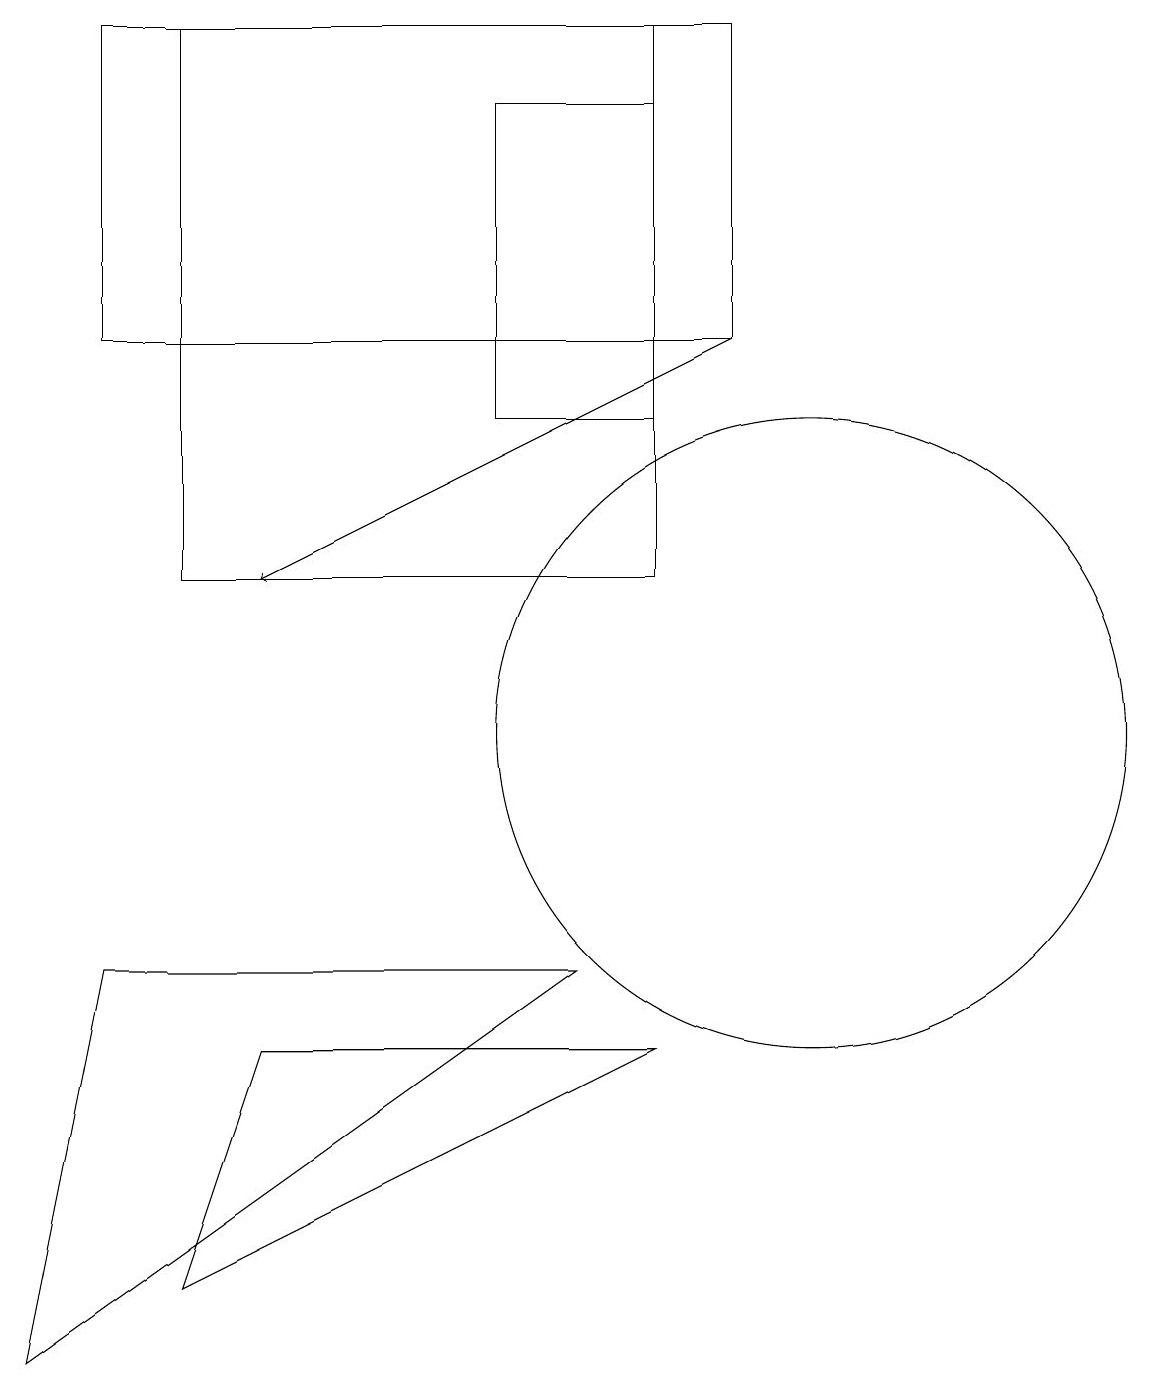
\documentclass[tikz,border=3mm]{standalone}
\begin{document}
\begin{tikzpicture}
\draw (8,12) rectangle (2,19);
\draw (8,14) rectangle (6,18);
\draw[->] (9,15) -- (3,12);
\draw (2,3) -- (3,6) -- (8,6) -- cycle;
\draw (1,15) rectangle (9,19);
\draw (1,7) -- (0,2) -- (7,7) -- cycle;
\draw (10,10) circle (4);
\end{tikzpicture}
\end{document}